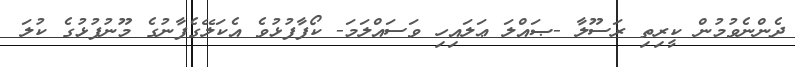
ދެންނެވުމުން ކީރިތި ރަސޫލާ -ޞައްލަ ޢަލައިހި ވަސައްލަމަ- ކޯފާފުޅުވެ އެކަލޭގެފާނުގެ މޫނުފުޅުގެ ކުލަ